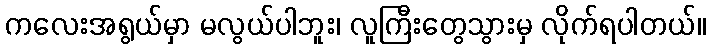
ကလေးအရွယ်မှာ မလွယ်ပါဘူး၊ လူကြီးတွေသွားမှ လိုက်ရပါတယ်။